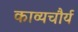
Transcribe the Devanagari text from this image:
काव्यचौर्य